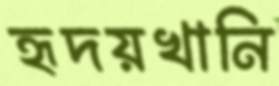
হৃদয়খানি